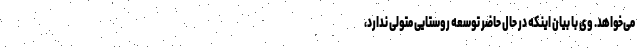
می‌خواهد. وی با بیان اینکه در حال حاضر توسعه روستایی متولی ندارد،